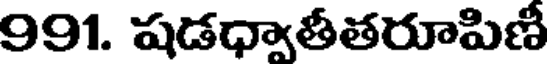
991. షడధ్వాతీతరూపిణీ